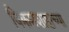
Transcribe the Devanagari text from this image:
विक्रमशाहाच्या